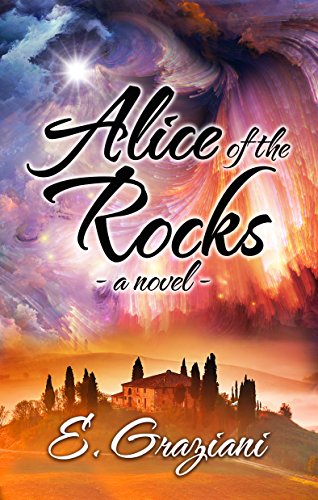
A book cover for Alice of the Rocks; E. Graziani; Teen & Young Adult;